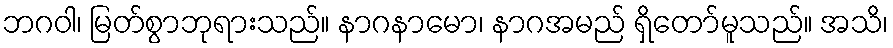
ဘဂဝါ၊ မြတ်စွာဘုရားသည်။ နာဂနာမော၊ နာဂအမည် ရှိတော်မူသည်။ အသိ၊